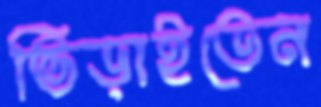
ভিড়াইতেন